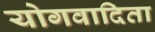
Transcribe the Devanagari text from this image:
योगवादिता